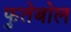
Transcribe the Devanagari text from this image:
फुतेबोल